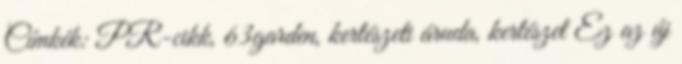
Címkék: PR-cikk, 63garden, kertészeti áruda, kertészet Ez az új